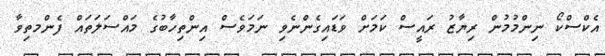
އެކްސްކޯ ނިންމުމުން ރިޔާޒު ރައީސް ކަމަށް ވަޑައިގެންނެވި ނަަމަވެސް އިންތިހާބުގެ މައްސަލަތައް ފެންމތިވާ